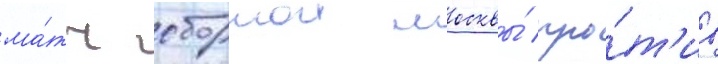
ма́тч сборнои москвы́ про́т'ив